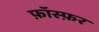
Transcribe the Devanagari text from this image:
फ़ॉस्फ़र